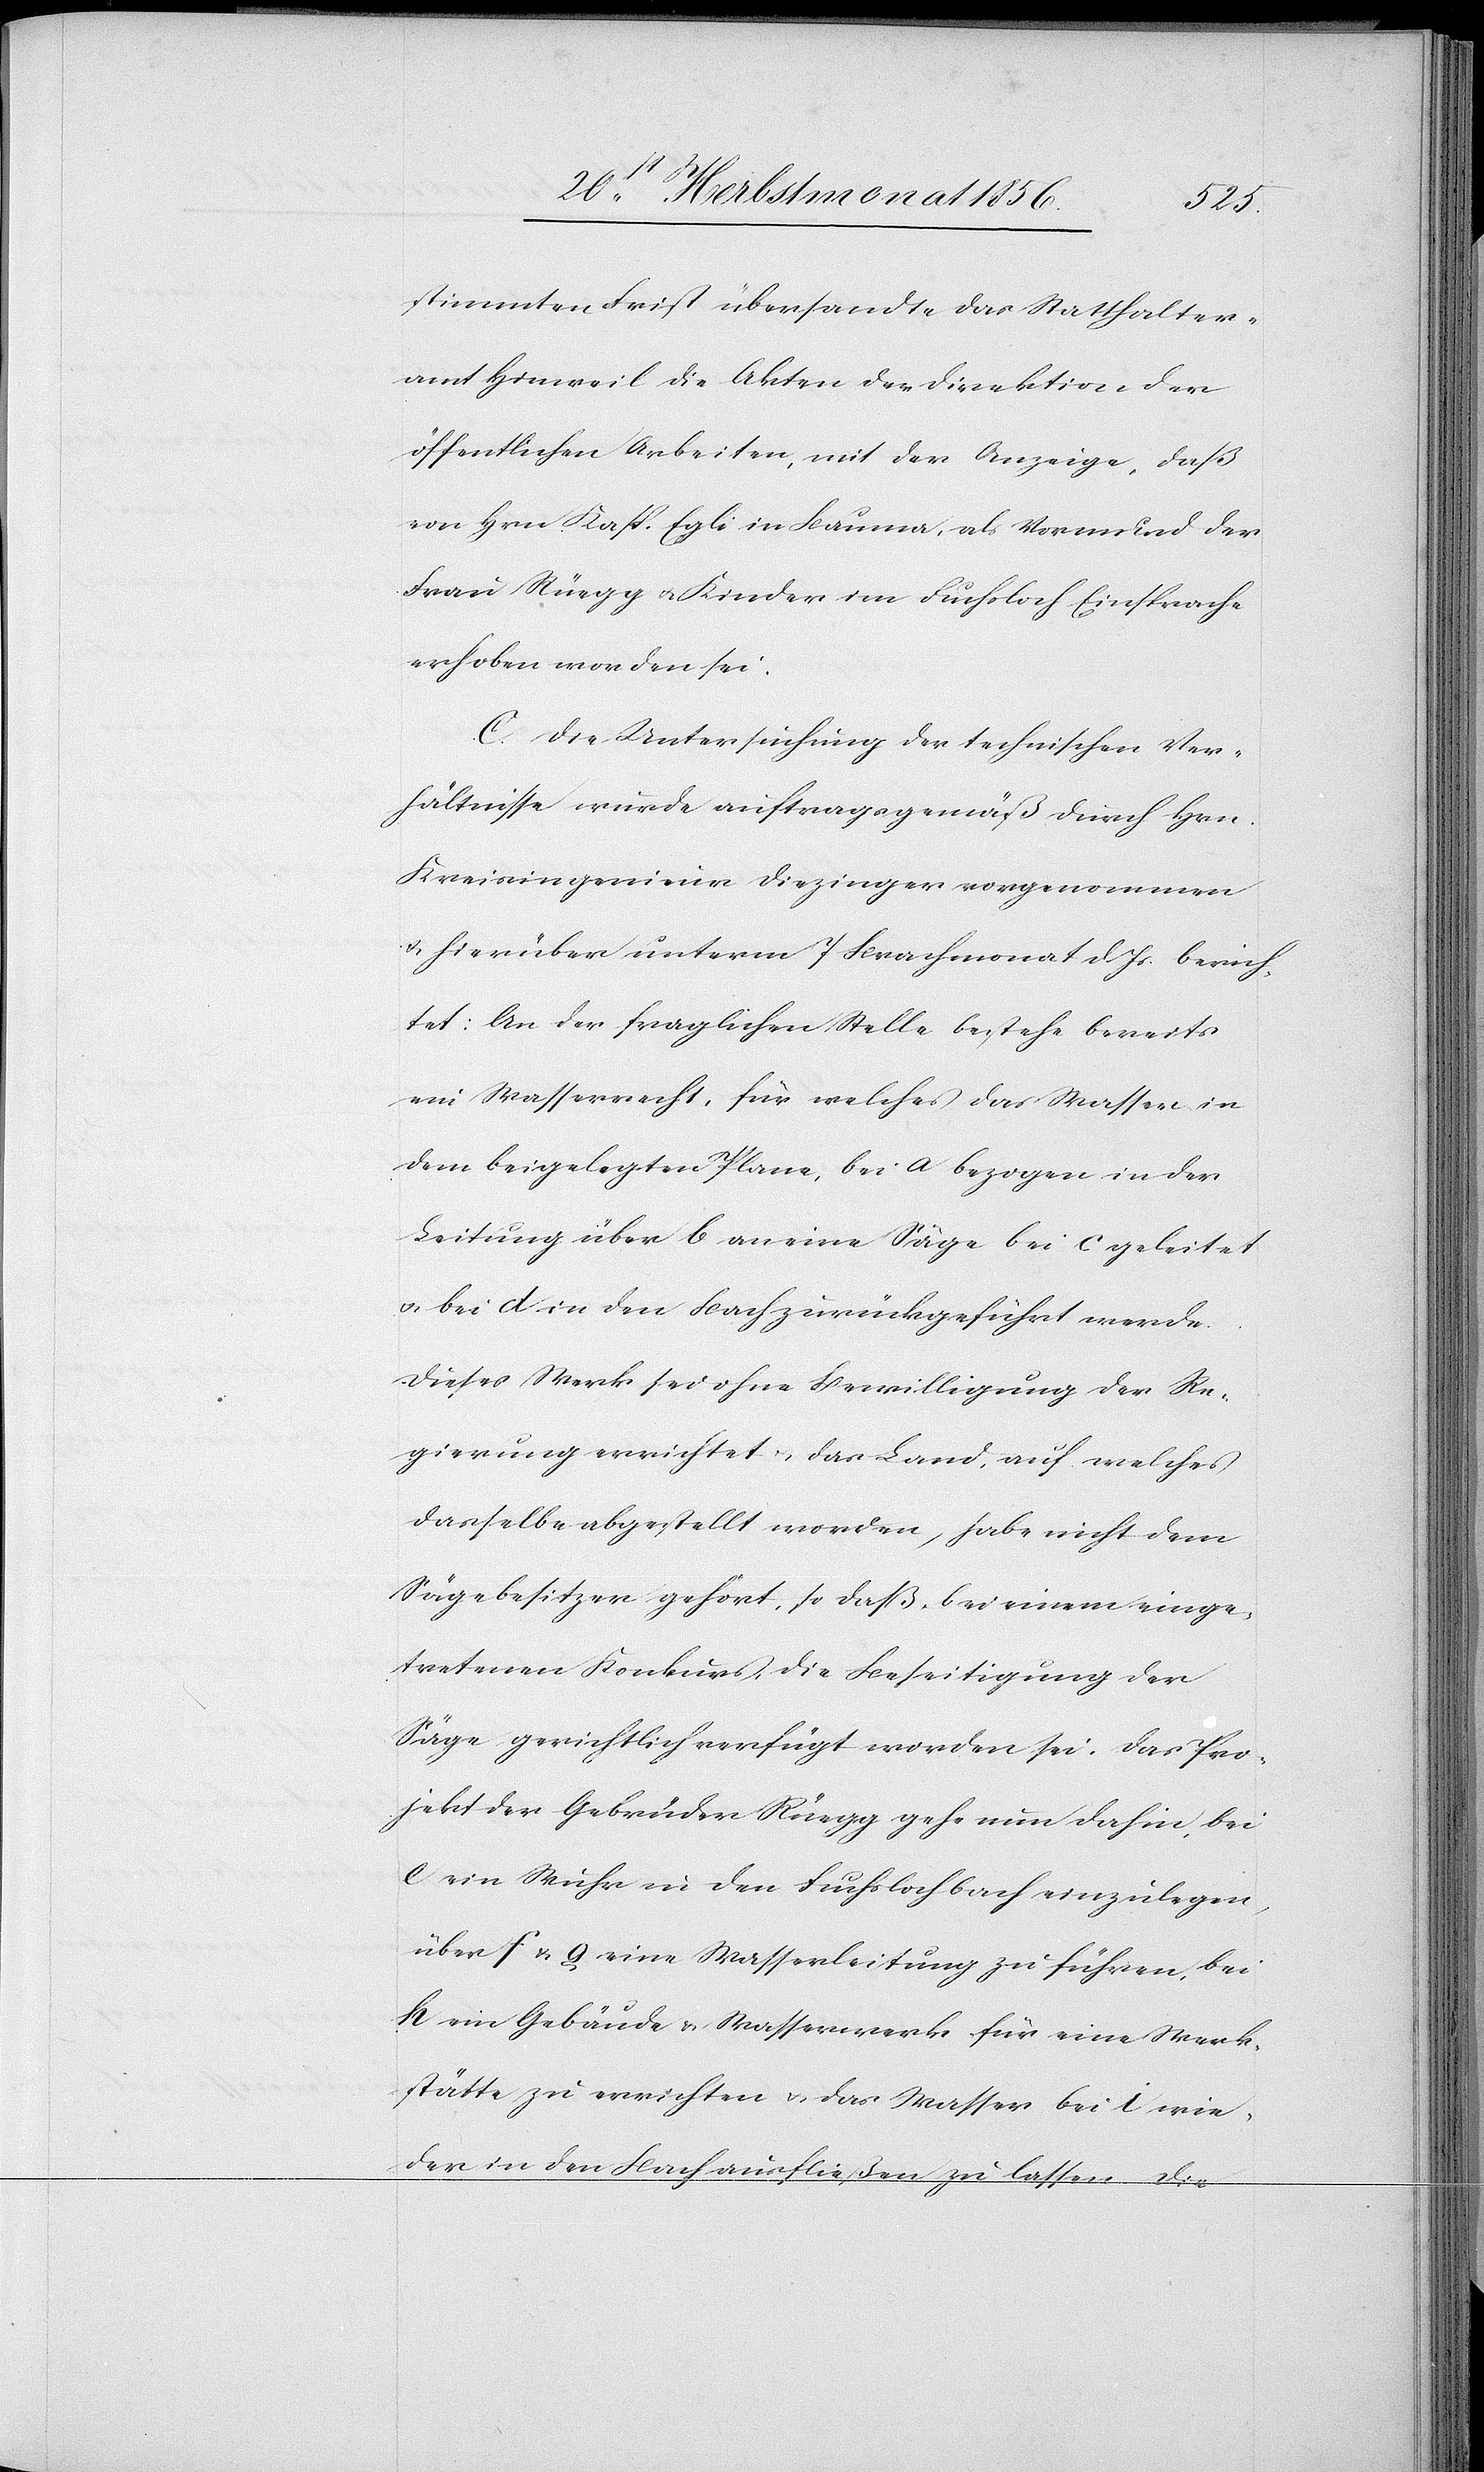
stimmten Frist übersandte das Statthalter¬
amt Hinweil die Akten der Direktion der
öffentlichen Arbeiten, mit der Anzeige, daß
von Hrn. Kasp. Egli in Bauma, als Vormund der
Frau Rüegg u. Kinder im Fuchsloch Einsprache
erhoben worden sei.
C. Die Untersuchung der technischen Ver¬
hältnisse wurde auftragsgemäß durch Hrn.
Kreisingenieur Diezinger vorgenommen
& hierüber unterm 7 Brachmonat d. Js. berich¬
tet: An der fraglichen Stelle bestehe bereits
ein Wasserrecht, für welches das Wasser in
dem beigelegten Plane, bei a bezogen in der
Leitung über b an eine Säge bei c geleitet
u. bei d in den Bach zurückgeführt werde.
Dieses Werk sei ohne Bewilligung der Re¬
gierung errichtet u. das Land, auf welches
dasselbe abgestellt worden, habe nicht dem
Sägebesitzer gehört, so daß, bei einem einge¬
tretenen Konkurs, die Beseitigung der
Säge gerichtlich verfügt worden sei. Das Pro¬
jekt der Gebrüder Rüegg gehe nun dahin, bei
e ein Wuhr in den Fuchslochbach einzulegen,
über f & g eine Wasserleitung zu führen, bei
h ein Gebäude & Wasserwerk für eine Werk¬
stätte zu errichten & das Wasser bei i wie¬
der in den Bach ausfließen zu lassen. Die